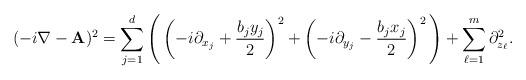
LaTeX: \begin{align*}(-i\nabla - \textbf{A})^{2} = \sum_{j=1}^{d} \Bigg( \left( -i \partial_{x_j} + \frac{b_{j}y_{j}}{2} \right)^{2} + \left( -i\partial_{y_j} - \frac{b_{j}x_{j}}{2} \right)^{2} \Bigg) + \sum_{\ell=1}^m \partial_{z_\ell}^2.\end{align*}